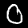
Digit: 0